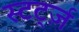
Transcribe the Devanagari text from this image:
स्टर्ट्ज़